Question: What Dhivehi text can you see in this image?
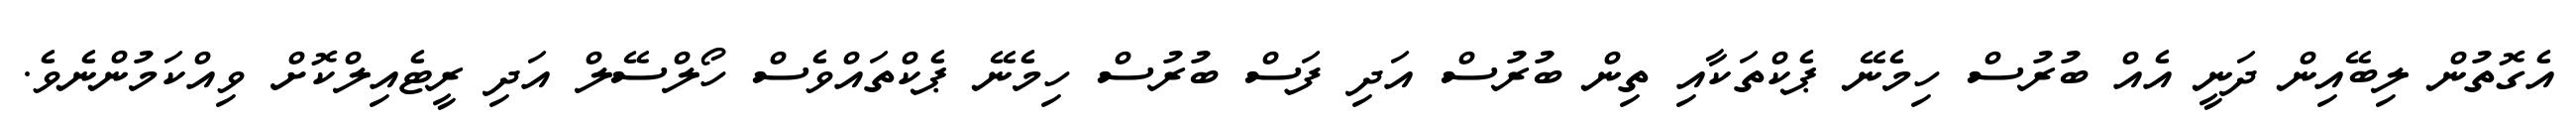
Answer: އެގޮތުން ލިބޭއިން ދަނީ އެއް ބުރުސް ހިމެނޭ ޕެކްތަކާއި ތިން ބުރުސް އަދި ފަސް ބުރުސް ހިމެނޭ ޕެކްތައްވެސް ހޯލްސޭލް އަދި ރީޓެއިލްކޮށް ވިއްކަމުންނެވެ.